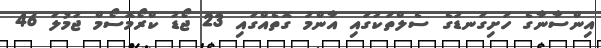
އިންސާނާގެ ހަށިގަނޑުގެ ސެލްތަކުގައި އާންމު ގޮތެއްގައި 23 ޖޯޑު ކްރޯމޮސޯމް ޖުމުލަ 46